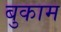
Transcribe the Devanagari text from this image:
बुकाम